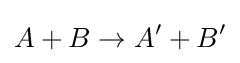
A+B\rightarrow A'+B'